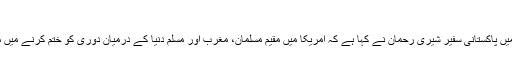
فائل فوٹو
واشنگٹن:امریکا میں پاکستانی سفیر شیری رحمان نے کہا ہے کہ امریکا میں مقیم مسلمان، مغرب اور مسلم دنیا کے درمیان دوری کو ختم کرنے میں مددگار رہے ہیں۔